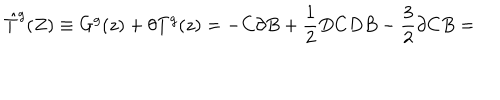
\hat { T } ^ { g } ( Z ) \equiv G ^ { g } ( z ) + \theta T ^ { g } ( z ) = - C \partial B + \frac { 1 } { 2 } D C D B - \frac { 3 } { 2 } \partial C B =